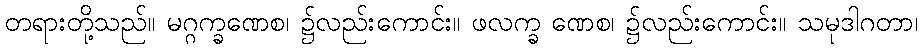
တရားတို့သည်။ မဂ္ဂက္ခဏေစ၊ ၌လည်းကောင်း။ ဖလက္ခ ဏေစ၊ ၌လည်းကောင်း။ သမုဒါဂတာ၊